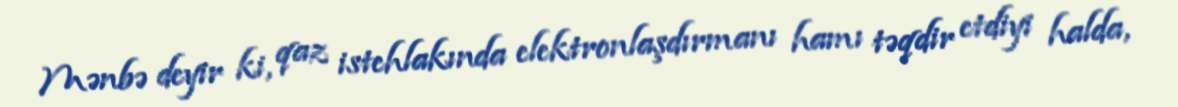
Mənbə deyir ki, qaz istehlakında elektronlaşdırmanı hamı təqdir etdiyi halda,